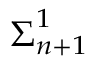
{ \boldsymbol { \Sigma } } _ { n + 1 } ^ { 1 }